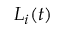
L _ { i } ( t )